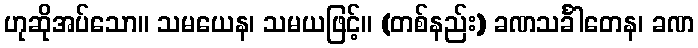
ဟုဆိုအပ်သော။ သမယေန၊ သမယဖြင့်။ (တစ်နည်း) ခဏသင်္ခါတေန၊ ခဏ